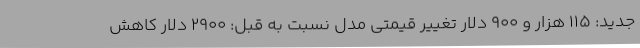
جدید: 115 هزار و 900 دلار تغییر قیمتی مدل نسبت به قبل: 2900 دلار کاهش